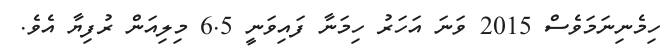
ހިމެނިނަމަވެސް 2015 ވަނަ އަހަރު ހިމަނާ ފައިވަނީ 6.5 މިލިއަން ރުފިޔާ އެވެ.